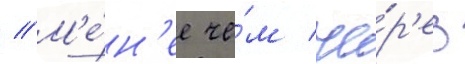
// М'е́н'ее че́м че́р'ез